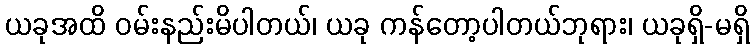
ယခုအထိ ဝမ်းနည်းမိပါတယ်၊ ယခု ကန်တော့ပါတယ်ဘုရား၊ ယခုရှိ-မရှိ